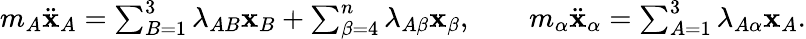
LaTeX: \begin{array}{r}{m_{A}\ddot{\mathbf x}_{A}=\sum_{B=1}^{3}\lambda_{AB}{\mathbf x}_{B}+\sum_{\beta=4}^{n}\lambda_{A\beta}{\mathbf x}_{\beta},\qquad m_{\alpha}\ddot{\mathbf x}_{\alpha}=\sum_{A=1}^{3}\lambda_{A\alpha}{\mathbf x}_{A}.}\end{array}